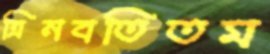
ত্রিনবতিতম